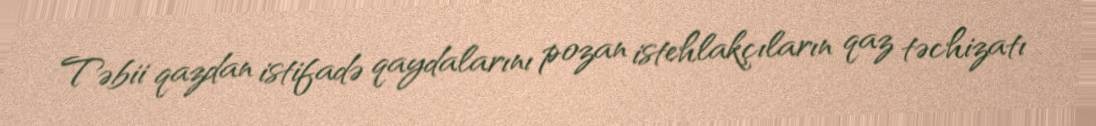
Təbii qazdan istifadə qaydalarını pozan istehlakçıların qaz təchizatı